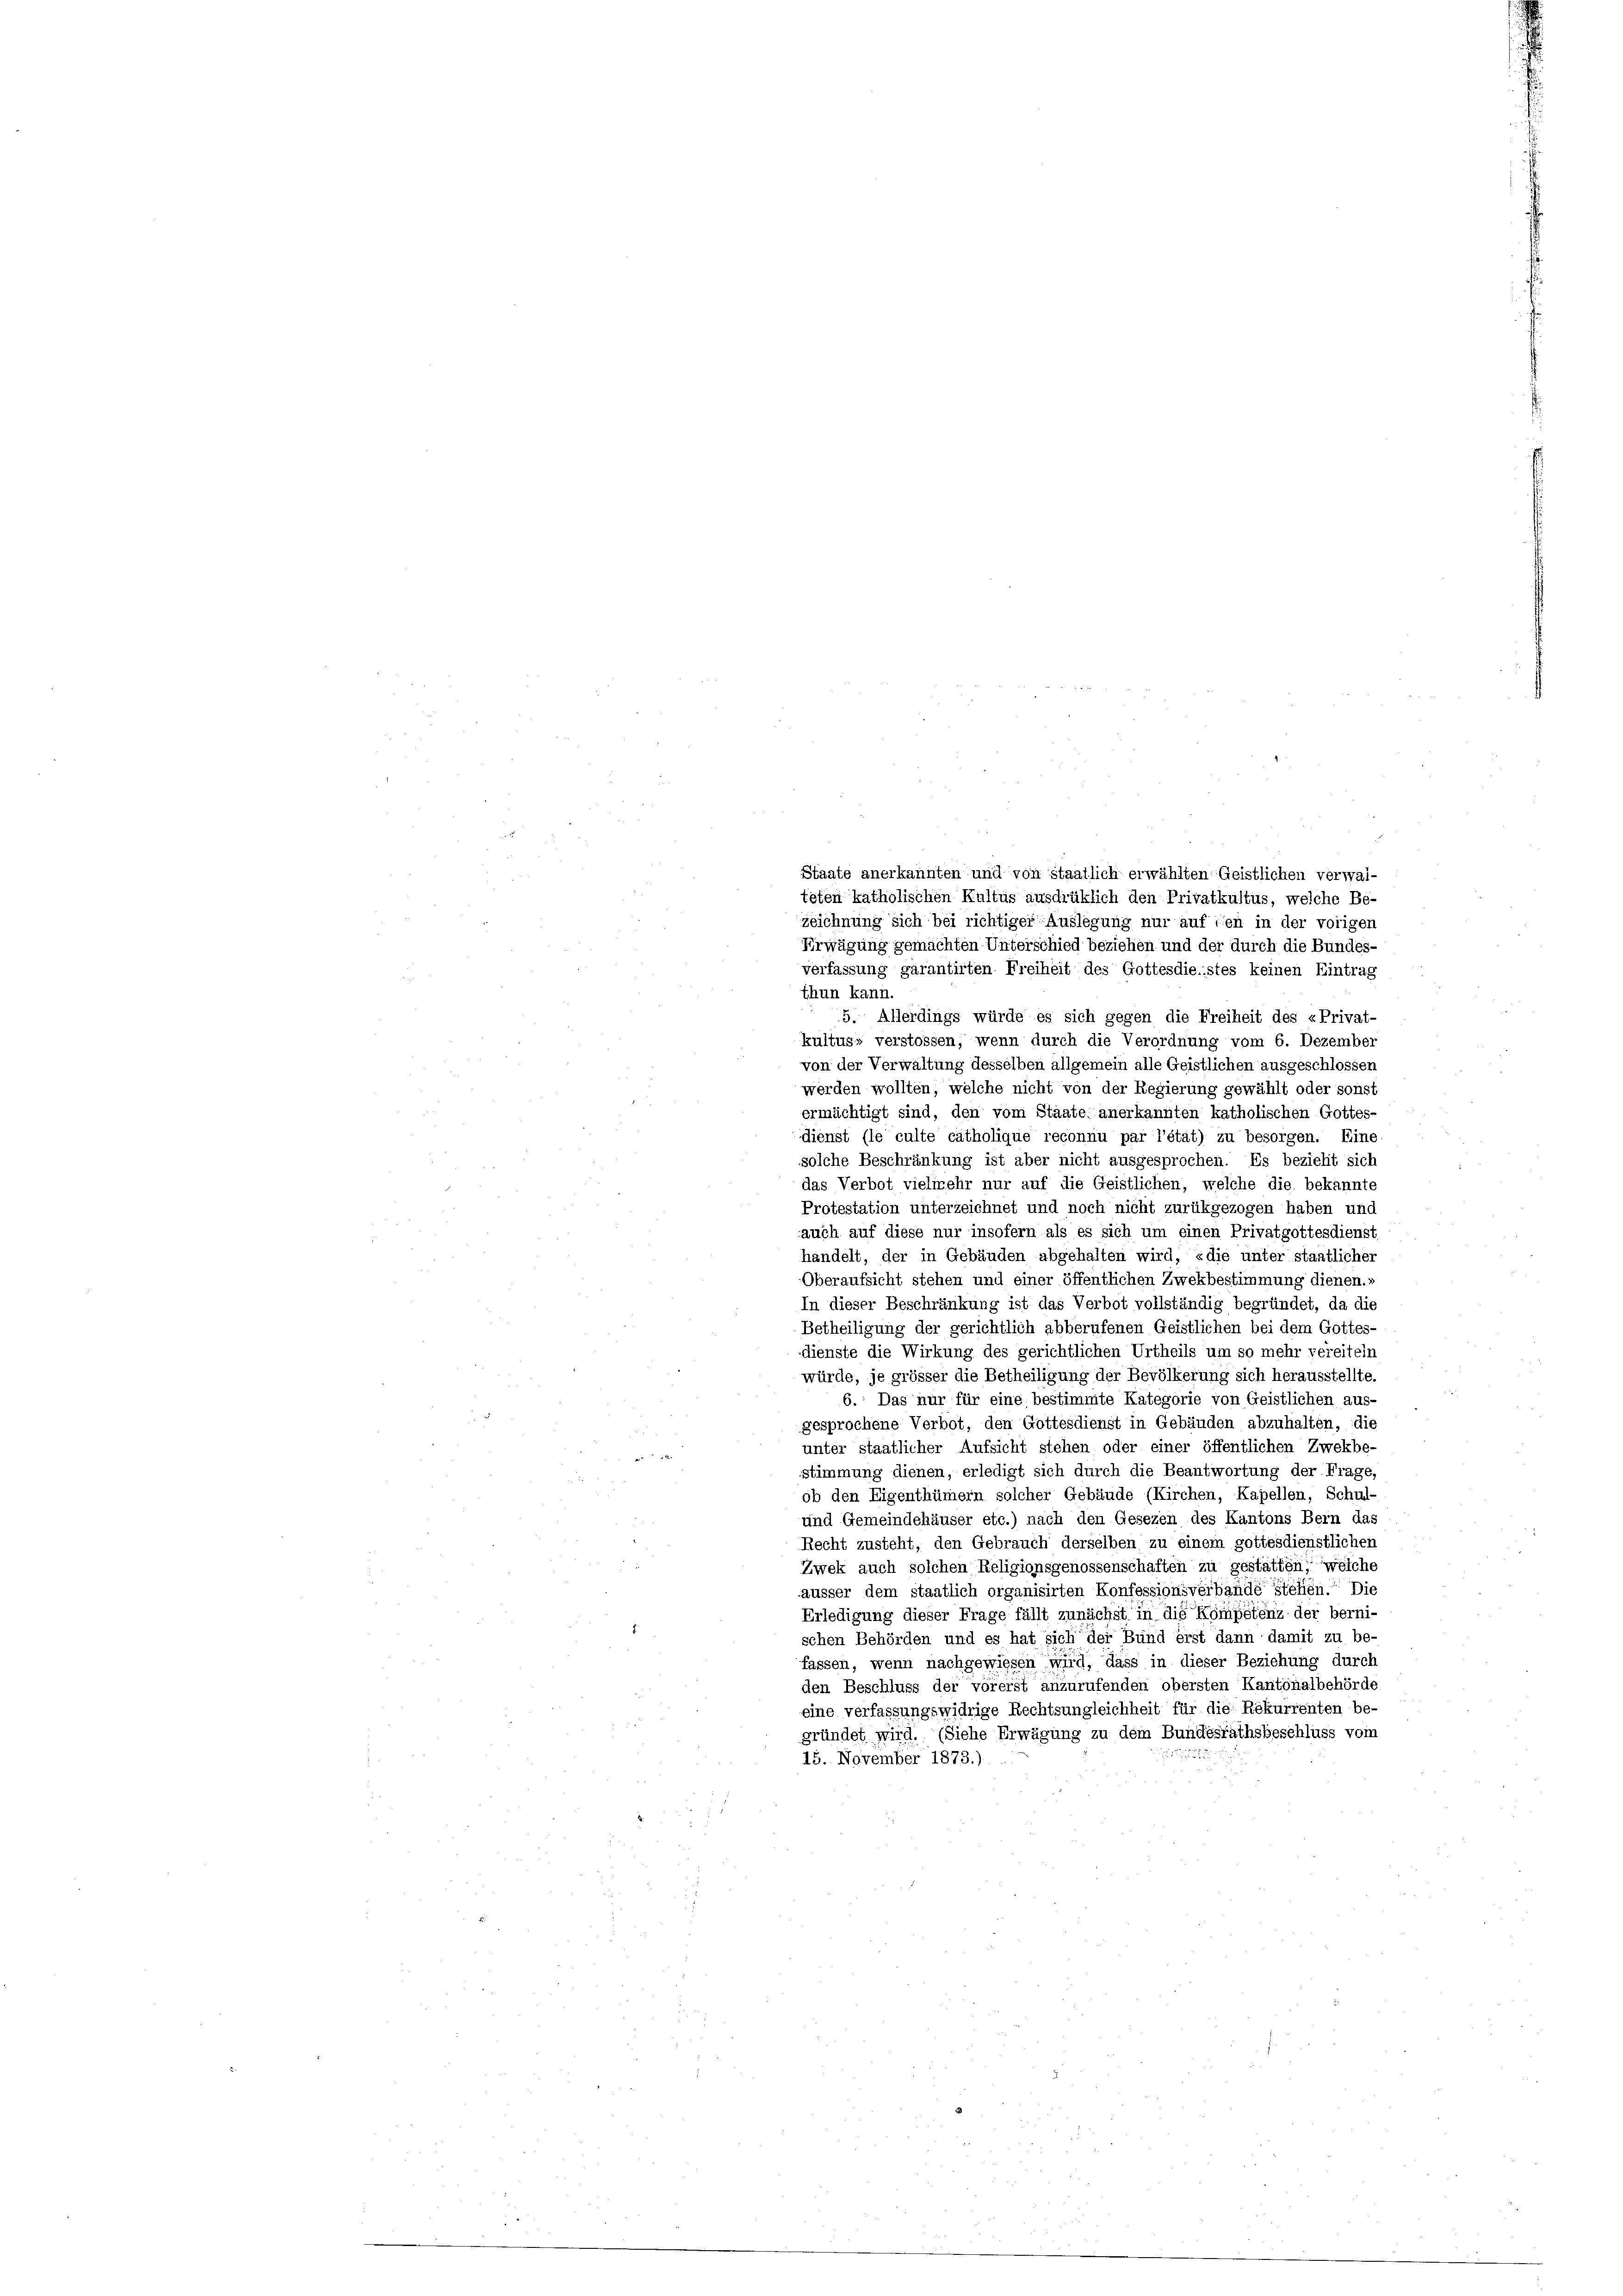
Staate anerkannten und von staatlich erwählten Geistlichen verwal-
teten katholischen Kultus ausdrüklich den Privatkultus, welche Be-
zeichnung sich bei richtiger Auslegung nur auf den in der vorigen
Erwägung gemachten Unterschied beziehen und der durch die Bundes-
verfassung garantirten Freiheit des Gottesdienstes keinen Eintrag
thun kann.
5. Allerdings würde es sich gegen die Freiheit des «Privat-
kultus, verstossen, wenn durch die Verordnung vom 6. Dezember
von der Verwaltung desselben allgemein alle Geistlichen ausgeschlossen
werden wollten, welche nicht von der Regierung gewählt oder sonst

ermächtigt sind, den vom Staate anerkannten katholischen Gottes-
dienst (le culte catholique reconnu par l’état) zu besorgen. Eine
solche Beschränkung ist aber nicht ausgesprochen. Es bezieht sich
das Verbot vielmehr nur auf die Geistlichen, welche die bekannte
Protestation unterzeichnet und noch nicht zurükgezogen haben und
auch auf diese nur insofern als es sich um einen Privatgottesdienst
handelt, der in Gebäuden abgehalten wird, «die unter staatlicher
Oberaufsicht stehen und einer öffentlichen Zwekbestimmung dienen.»
In dieser Beschränkung ist das Verbot vollständig begründet, da die
Betheiligung der gerichtlich abberufenen Geistlichen bei dem Gottes-
dienste die Wirkung des gerichtlichen Urtheils um so mehr vereiteln
würde, je grösser die Betheiligung der Bevölkerung sich herausstellte.
6. Das nur für eine bestimmte Kategorie von Geistlichen aus-
gesprochene Verbot, den Gottesdienst in Gebäuden abzuhalten, die
unter staatlicher Aufsicht stehen oder einer öffentlichen Zwekbe-
u
stimmung dienen, erledigt sich durch die Beantwortung der Frage,
ob den Eigenthümern solcher Gebäude (Kirchen, Kapellen, Schul-
und Gemeindehäuser etc.) nach den Gesezen des Kantons Bern das
Recht zusteht, den Gebrauch derselben zu einem gottesdienstlichen
Zwek auch solchen Religionsgenossenschaften zu gestatten, welche
äusser dem staatlich organisirten Konfessionsverbandestehen. Die
Erledigung dieser Frage fällt zunächst in die Kompétenz der berni-
schen Behörden und es hat sich der Bund erst dann damit zu be-
fassen, wenn nachgewiesen wird, dass in dieser Beziehung durch
den Beschluss der vorerst anzurufenden obersten Kantonalbehörde
eine verfassungswidrige Rechtsungleichheit für die Rekurrenten be-
gründet wird. (Siehe Erwägung zu dem Bundesrathsbeschluss vom
15. November 1873.).